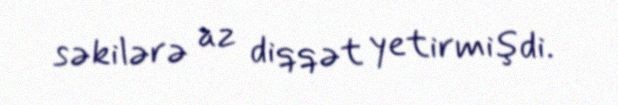
səkilərə az diqqət yetirmişdi.